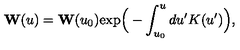
{ \bf W } ( u ) = { \bf W } ( u _ { 0 } ) \mathrm { e x p } \Big ( - \int _ { u _ { 0 } } ^ { u } d u ^ { \prime } K ( u ^ { \prime } ) \Big ) ,